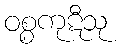
ဝစ္စကုဋီသု